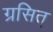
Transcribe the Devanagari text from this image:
ग्रसित्